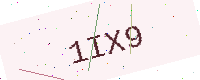
Text: 1IX9